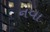
નવા